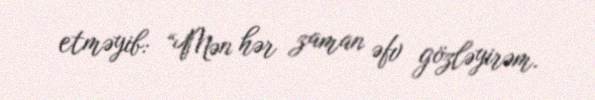
etməyib: “Mən hər zaman əfv gözləyirəm.